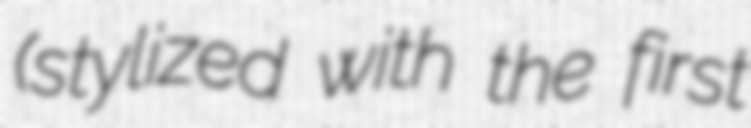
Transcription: (stylized with the first